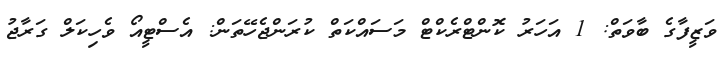
ވަޒީފާގެ ބާވަތް: 1 އަހަރު ކޮންޓްރެކްޓް މަސައްކަތް ކުރަންޖެހޭތަން: އެސްޓީއޯ ވެހިކަލް ގަރާޖު